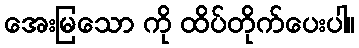
အေးမြသော ကို ထိပ်တိုက်ပေးပါ။